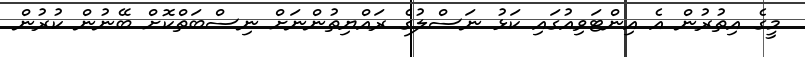
މީގެ އިތުރުން އެ އިންޓަވިއުގައި ކަޅު ނަސްލުގެ ރައްޔިތުންނަށް ނިސްބަތްކޮށް ބޭނުން ކުރުން